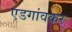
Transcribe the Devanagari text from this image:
एडगांवकर